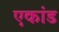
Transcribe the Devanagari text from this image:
एकांड